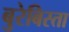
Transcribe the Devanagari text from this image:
बुरेबिस्ता